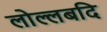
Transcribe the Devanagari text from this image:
लोल्लबदि